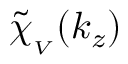
\mathinner { \tilde { \chi } _ { _ V } \mathopen { \left( k _ { z } \right) } }